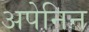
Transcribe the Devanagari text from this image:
अपेनिन